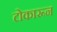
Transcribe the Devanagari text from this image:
टोकारून